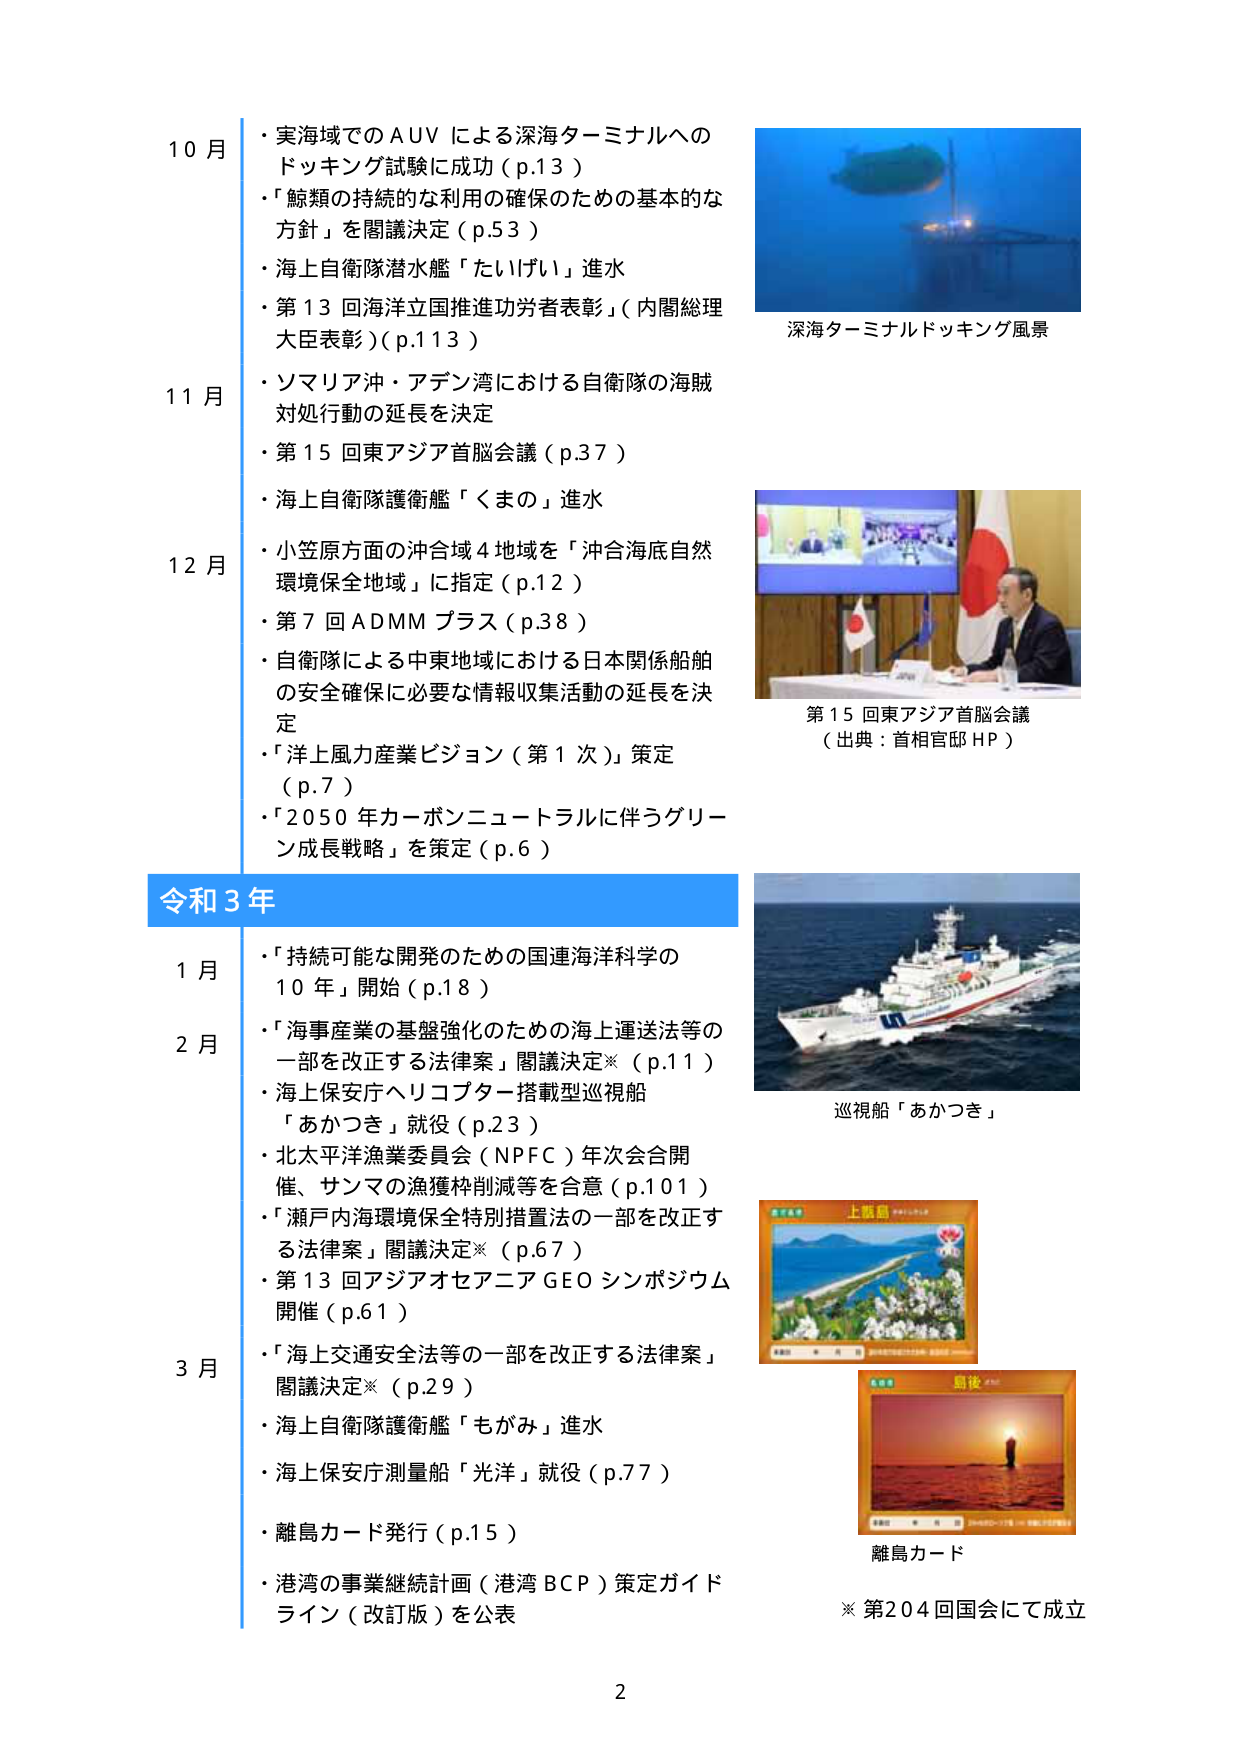
10月
・実海域でのAUVによる深海ターミナルへのドッキング試験に成功（p.13）
・「鯨類の持続的な利用の確保のための基本的な方針」を閣議決定（p.53）
・海上自衛隊潜水艦「たいげい」進水
・第13回海洋立国推進功労者表彰」（内閣総理大臣表彰）（p.113）

11月
・ソマリア沖・アデン湾における自衛隊の海賊対処行動の延長を決定
・第15回東アジア首脳会議（p.37）
・海上自衛隊護衛艦「くまの」進水

12月
・小笠原方面の沖合域4地域を「沖合海底自然環境保全地域」に指定（p.12）
・第7回ADMMプラス（p.38）
・自衛隊による中東地域における日本関係船舶の安全確保に必要な情報収集活動の延長を決定
・「洋上風力産業ビジョン（第1次）」策定（p.7）
・「2050年カーボンニュートラルに伴うグリーン成長戦略」を策定（p.6）

令和3年

1月
・「持続可能な開発のための国連海洋科学の10年」開始（p.18）

2月
・「海事産業の基盤強化のための海上運送法等の一部を改正する法律案」閣議決定※（p.11）
・海上保安庁ヘリコプター搭載型巡視船「あかつき」就役（p.23）
・北太平洋漁業委員会（NPFC）年次会合開催、サンマの漁獲枠削減等を合意（p.101）
・「瀬戸内海環境保全特別措置法の一部を改正する法律案」閣議決定※（p.67）
・第13回アジアオセアニアGEOシンポジウム開催（p.61）

3月
・「海上交通安全法等の一部を改正する法律案」閣議決定※（p.29）
・海上自衛隊護衛艦「もがみ」進水
・海上保安庁測量船「光洋」就役（p.77）
・離島カード発行（p.15）
・港湾の事業継続計画（港湾BCP）策定ガイドライン（改訂版）を公表

深海ターミナルドッキング風景

第15回東アジア首脳会議
（出典：首相官邸HP）

巡視船「あかつき」

離島カード

※第204回国会にて成立

2